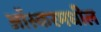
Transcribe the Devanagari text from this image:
आॅस्करमधील